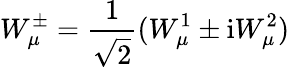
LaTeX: W_{\mu}^{\pm}=\frac{1}{\sqrt 2}(W_{\mu}^{1}\pm\mathrm{i}W_{\mu}^{2})